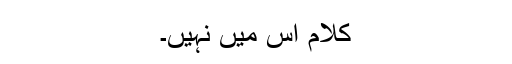
کلام اس میں نہیں۔